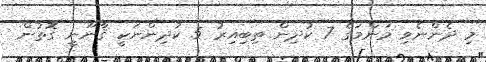
މި ދެންނެވި މަންމަގެ 7 ކުދިން ތިބިއިރު 5 ކުދިންނަކީ ޤާނޫނީ ގޮތުން